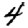
Digit: 4